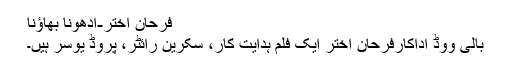
فرحان اختر-ادھونا بھاؤنا
بالی ووڈ اداکارفرحان اختر ایک فلم ہدایت کار، سکرین رائٹر، پروڈ یوسر ہیں۔